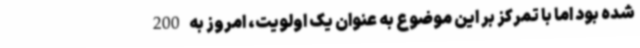
شده بود اما با تمرکز بر این موضوع به عنوان یک اولویت، امروز به 200